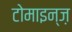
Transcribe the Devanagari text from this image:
टोमाइन्ज़